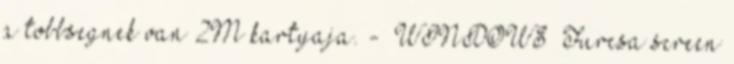
a tobbsegnek van 2M kartyaja. - WINDOWS Furcsa screen